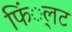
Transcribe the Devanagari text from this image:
फिं्लट